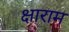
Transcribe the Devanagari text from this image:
क्षाराम